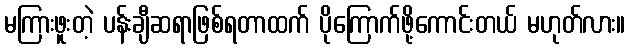
မကြားဖူးတဲ့ ပန်းချီဆရာဖြစ်ရတာထက် ပိုကြောက်ဖို့ကောင်းတယ် မဟုတ်လား။